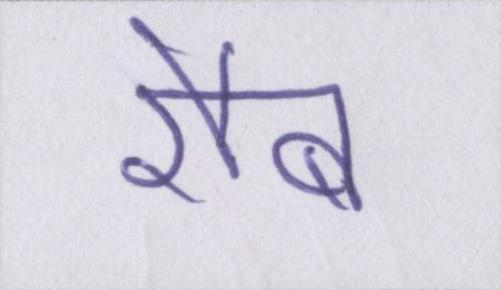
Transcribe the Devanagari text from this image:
रौब